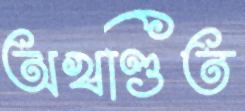
অখণ্ডিত